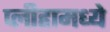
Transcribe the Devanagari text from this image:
प्लीहामध्ये